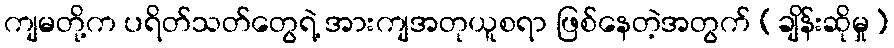
ကျမတို့က ပရိတ်သတ်တွေရဲ့ အားကျအတုယူစရာ ဖြစ်နေတဲ့အတွက် (ချိန်းဆိုမှု)